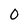
Character: 0